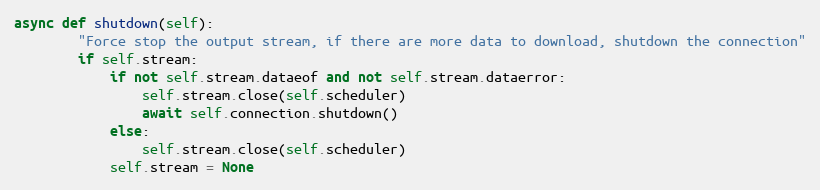
Language: Python
async def shutdown(self):
        "Force stop the output stream, if there are more data to download, shutdown the connection"
        if self.stream:
            if not self.stream.dataeof and not self.stream.dataerror:
                self.stream.close(self.scheduler)
                await self.connection.shutdown()
            else:
                self.stream.close(self.scheduler)
            self.stream = None